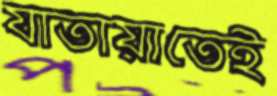
যাতায়াতেই